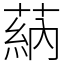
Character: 蒳